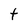
Character: t